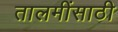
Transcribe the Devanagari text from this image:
तालमींसाठी